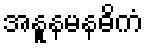
အနူနမနဓိကံ